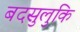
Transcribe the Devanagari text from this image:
बदसुलुकि